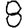
Digit: 8